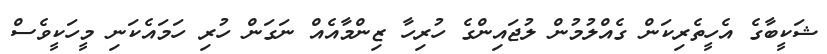
ޝަކީބާގެ އެހީތެރިކަން ގެއްލުމުން ލުޖައިންގެ ހުރިހާ ޒިންމާއެއް ނަގަން ހުރި ހަމައެކަނި މީހަކީވެސް